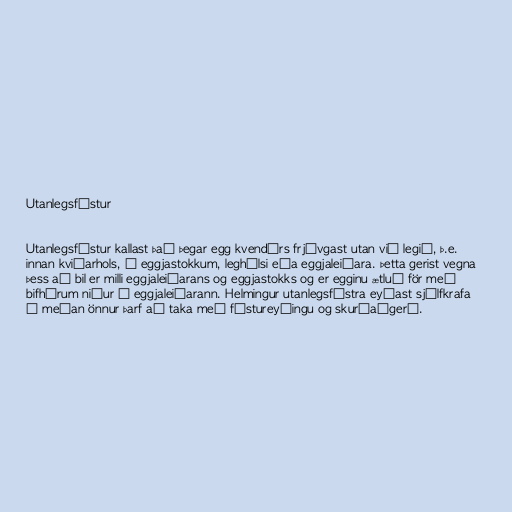
Utanlegsfóstur

Utanlegsfóstur kallast það þegar egg kvendýrs frjóvgast utan við legið, þ.e.
innan kviðarhols, á eggjastokkum, leghálsi eða eggjaleiðara. Þetta gerist vegna
þess að bil er milli eggjaleiðarans og eggjastokks og er egginu ætluð för með
bifhárum niður í eggjaleiðarann. Helmingur utanlegsfóstra eyðast sjálfkrafa
á meðan önnur þarf að taka með fóstureyðingu og skurðaðgerð.